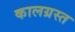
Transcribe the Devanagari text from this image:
कालग्रस्त